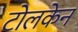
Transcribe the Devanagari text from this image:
टोलकेन